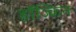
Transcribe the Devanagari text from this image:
हॉज्किन